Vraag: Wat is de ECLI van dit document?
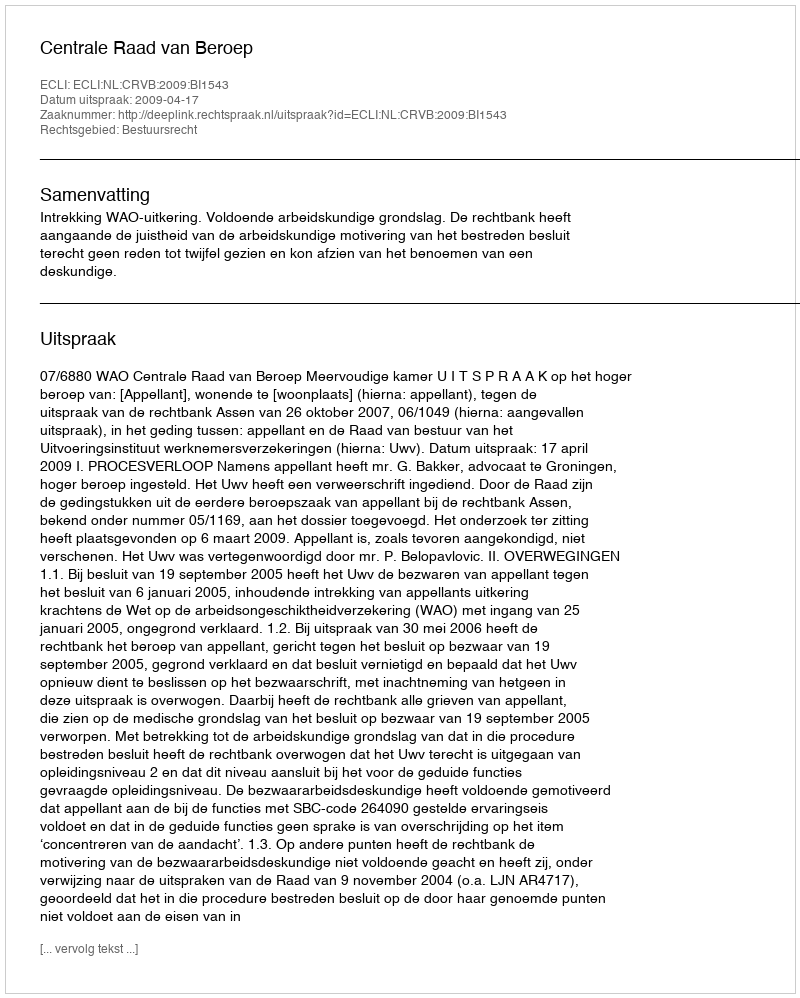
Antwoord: ECLI:NL:CRVB:2009:BI1543